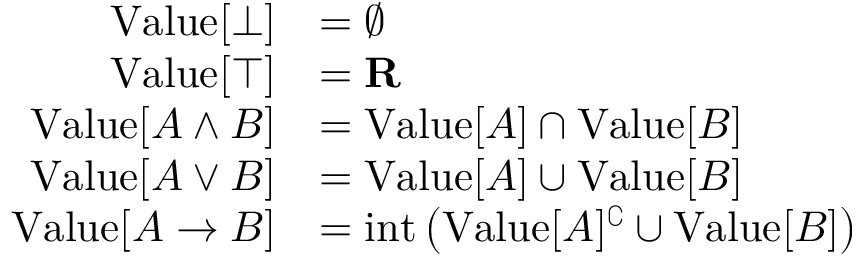
{ \begin{array} { r l } { { \mathrm { V a l u e } } [ \bot ] } & { = \emptyset } \\ { { \mathrm { V a l u e } } [ \top ] } & { = \mathbf { R } } \\ { { \mathrm { V a l u e } } [ A \land B ] } & { = { \mathrm { V a l u e } } [ A ] \cap { \mathrm { V a l u e } } [ B ] } \\ { { \mathrm { V a l u e } } [ A \lor B ] } & { = { \mathrm { V a l u e } } [ A ] \cup { \mathrm { V a l u e } } [ B ] } \\ { { \mathrm { V a l u e } } [ A \to B ] } & { = { \mathrm { i n t } } \left( { \mathrm { V a l u e } } [ A ] ^ { \complement } \cup { \mathrm { V a l u e } } [ B ] \right) } \end{array} }